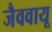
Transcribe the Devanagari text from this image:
जैववायू